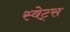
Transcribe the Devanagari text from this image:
स्वेट्स